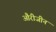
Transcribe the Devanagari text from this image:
औरीजीन